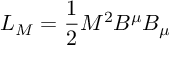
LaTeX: L _ { M } = \frac { 1 } { 2 } M ^ { 2 } B ^ { \mu } B _ { \mu }